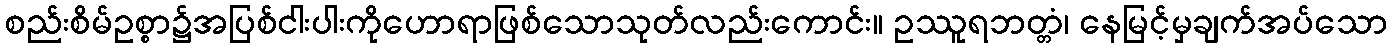
စည်းစိမ်ဥစ္စာ၌အပြစ်ငါးပါးကိုဟောရာဖြစ်သောသုတ်လည်းကောင်း။ ဥဿူရဘတ္တံ၊ နေမြင့်မှချက်အပ်သော